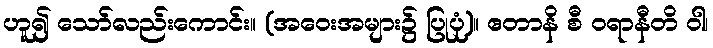
ဟူ၍ သော်လည်းကောင်း။ (အဝေးအများ၌ ပြုပုံ)။ ဧတာနိ စီ ဝရာနီတိ ဝါ၊